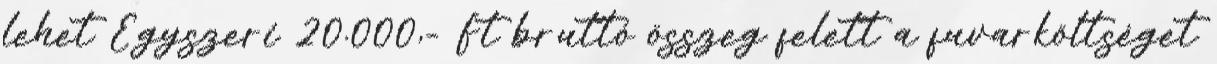
lehet Egyszeri 20.000,- Ft bruttó összeg felett a fuvarköltséget